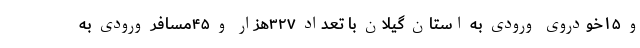
و ۱۵خودروی ورودی به استان گیلان با تعداد ۳۲۷هزار و ۴۵مسافر ورودی به